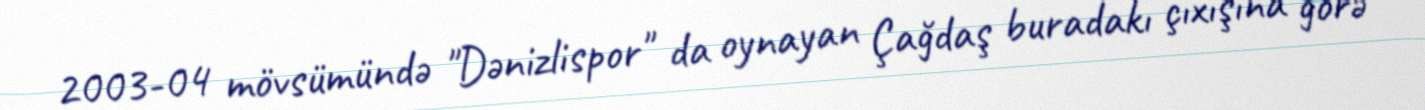
2003-04 mövsümündə "Dənizlispor" da oynayan Çağdaş buradakı çıxışına görə